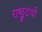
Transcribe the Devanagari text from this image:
राष्ट्कूटांची